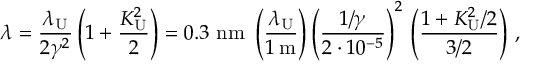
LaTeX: \lambda = \frac { \lambda _ { \mathrm { U } } } { 2 \gamma ^ { 2 } } \left( 1 + \frac { K _ { \mathrm { U } } ^ { 2 } } { 2 } \right) = 0 . 3 \ \mathrm { n m } \ \left( \frac { \lambda _ { \mathrm { U } } } { 1 \, \mathrm { m } } \right) \left( \frac { 1 / \gamma } { 2 \cdot 1 0 ^ { - 5 } } \right) ^ { 2 } \, \left( \frac { 1 + K _ { \mathrm { U } } ^ { 2 } / 2 } { 3 / 2 } \right) \, ,